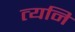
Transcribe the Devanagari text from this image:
त्यनि